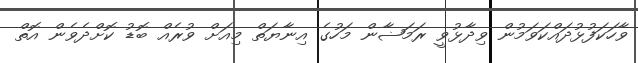
ވާހަކަފުޅުދައްކަވަމުން ވިދާޅުވީ ރަމަޟާން މަހުގެ އިނާޔަތް މިއަށް ވުރެއް ބޮޑު ކޮށްދެވެން އޮތް